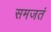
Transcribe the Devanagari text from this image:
समजतं